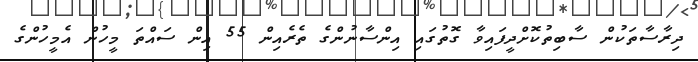
ދިރާސާތަކުން ސާބިތުކޮށްދީފައިވާ ގޮތުގައި އިންސާނުންގެ ތެރެއިން 55 އިން ސައްތަ މީހުން އެމީހުންގެ